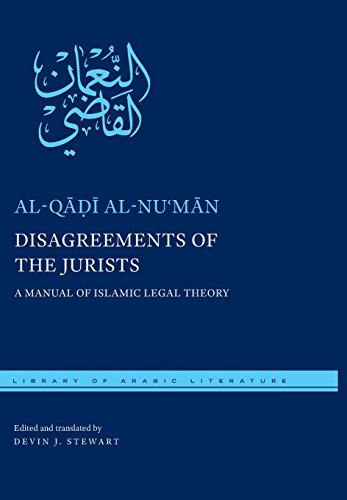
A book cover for Disagreements of the Jurists: A Manual of Islamic Legal Theory (Library of Arabic Literature); al-Qadi al-Numan; Christian Books & Bibles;